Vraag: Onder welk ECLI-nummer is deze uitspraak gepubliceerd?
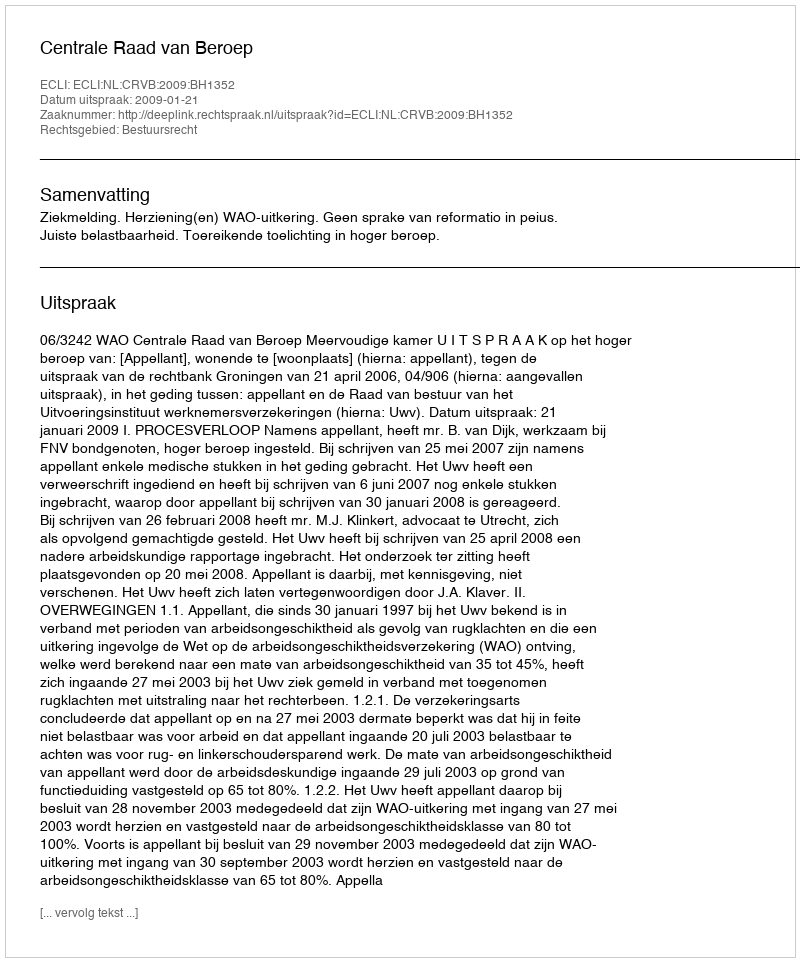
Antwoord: ECLI:NL:CRVB:2009:BH1352